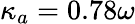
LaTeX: \kappa_{a}=0.78\omega